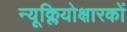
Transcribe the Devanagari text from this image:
न्यूक्लियोक्षारकों